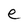
Character: e